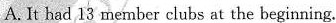
A. It had 13 member clubs at the beginning.